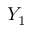
Y _ { 1 }